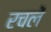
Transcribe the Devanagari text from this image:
रचलें